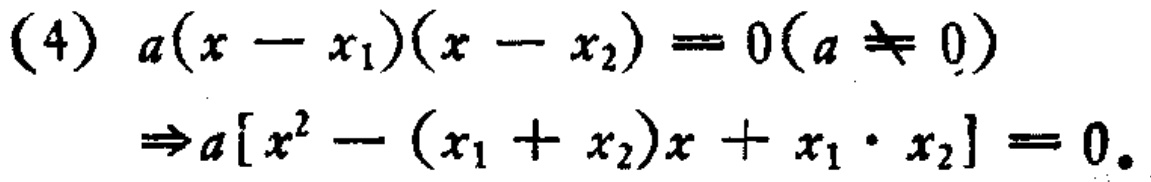
\begin{align*}
(4)\quad &a(x - x_1)(x - x_2) = 0(a\neq 0)\\
&\Rightarrow a[x^{2}-(x_1 + x_2)x + x_1\cdot x_2]= 0.
\end{align*}